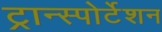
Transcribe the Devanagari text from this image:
ट्रान्स्पोर्टेशन